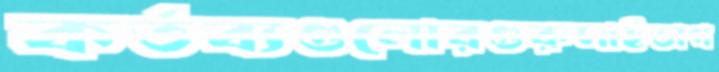
কর্তব্যগুলোরগুরুসাইভাগ